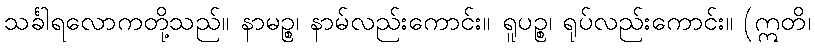
သင်္ခါရလောကတို့သည်။ နာမဉ္စ၊ နာမ်လည်းကောင်း။ ရူပဉ္စ၊ ရုပ်လည်းကောင်း။ (ဣတိ၊